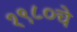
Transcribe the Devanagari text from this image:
१९८०चे